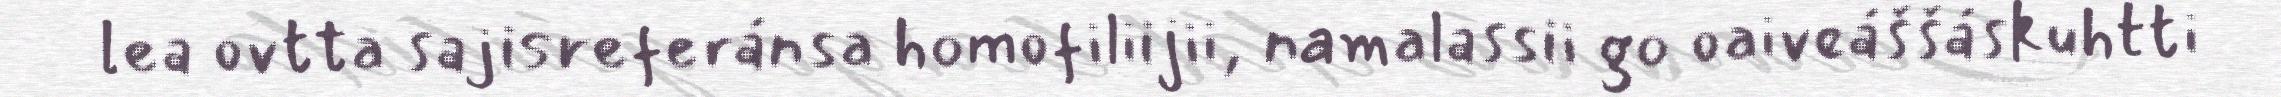
lea ovtta sajisreferánsa homofiliijii, namalassii go oaiveáššáskuhtti